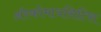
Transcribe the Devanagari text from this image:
अॅस्कोमायसिटिस